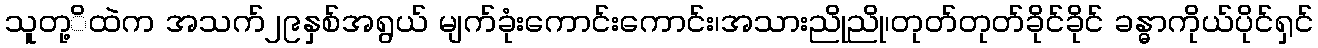
သူတု့ိထဲက အသက်၂၉နှစ်အရွယ် မျက်ခုံးကောင်းကောင်း၊အသားညိုညို၊တုတ်တုတ်ခိုင်ခိုင် ခန္ဓာကိုယ်ပိုင်ရှင်